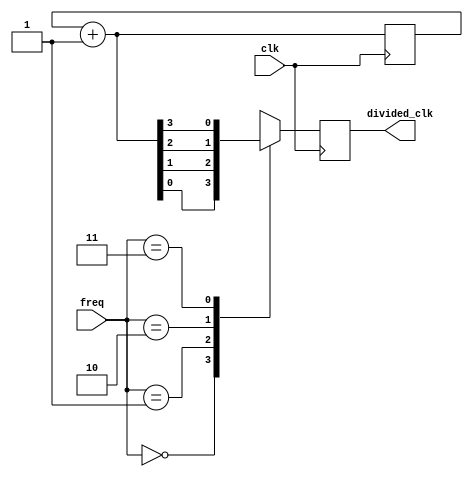
`timescale 1ns / 1ps

module clkdiv_freq(
    input clk,
    input [1:0] freq,
    output divided_clk
    );
    reg div_clk;
    reg [3:0]clk_counter;
    
    initial begin
    div_clk=0;
    clk_counter=0;
    end
    
    always@(posedge clk)begin
    clk_counter=clk_counter +1;
    
    case(freq)
        //normal clk
        2'b00:div_clk=clk_counter[0];
        //divide by 2
        2'b01:div_clk=clk_counter[1];
        //divide by 4
        2'b10:div_clk=clk_counter[2];
        //divide by 8
        2'b11:div_clk=clk_counter[3];
        
        default:div_clk=0;   
    endcase
    
    end
    assign divided_clk=div_clk;
    
endmodule